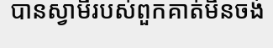
បានស្វាមីរបស់ពួកគាត់មិនចង់